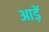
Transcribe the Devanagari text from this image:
आड़ें